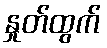
နှုတ်ထွက်